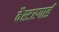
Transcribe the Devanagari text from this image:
वैस्टरगार्ड